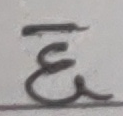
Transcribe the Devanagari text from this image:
छ